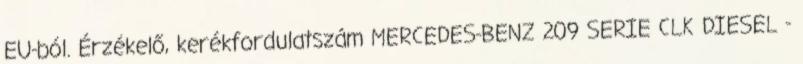
EU-ból. Érzékelő, kerékfordulatszám MERCEDES-BENZ 209 SERIE CLK DIESEL -